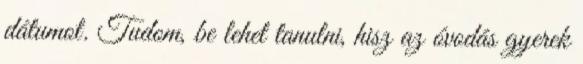
dátumot. Tudom, be lehet tanulni, hisz az óvodás gyerek